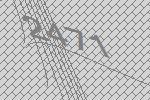
2471